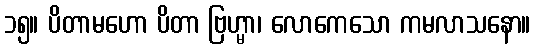
၁၅။ ပိတာမဟော ပိတာ ဗြဟ္မာ၊ လောကေသော ကမလာသနော။